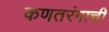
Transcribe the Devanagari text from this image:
कणतरंगाची